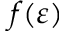
f ( \varepsilon )